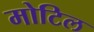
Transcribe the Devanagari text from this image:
मोटिल